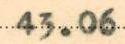
43.06